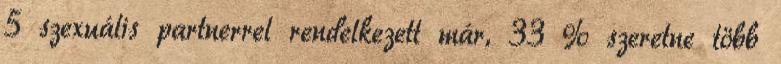
5 szexuális partnerrel rendelkezett már, 33 % szeretne több